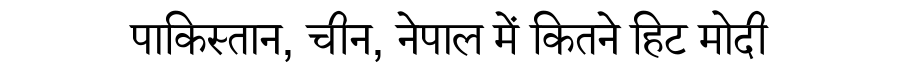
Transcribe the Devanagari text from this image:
पाकिस्तान, चीन, नेपाल में कितने हिट मोदी